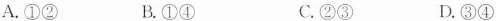
A.①② B.①④ C.②③ D.③④